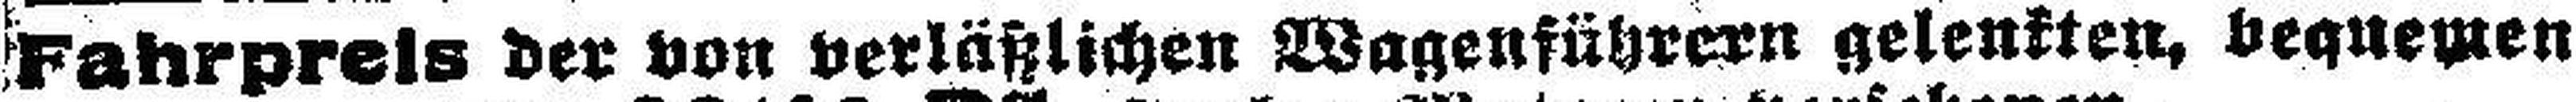
[Fahrpreis der von verlässlichen Wagenführern gelenkten, veqneinen